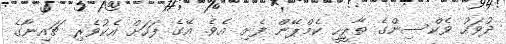
ދުވަހު ވެކްސިންގެ ތާރީހީ ކެމްޕޭން ފެށި އެވެ. އޭގެ ފަހަށް އެކުވެެރި ޗައިނާގެ